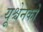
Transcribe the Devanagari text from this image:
यूश्चेनको